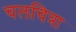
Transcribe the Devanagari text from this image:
चलचित्रा